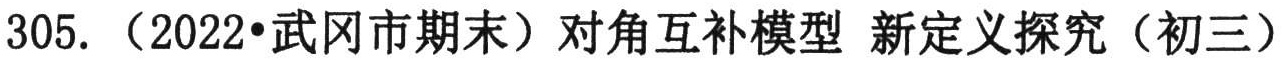
305. （2022•武冈市期末）对角互补模型 新定义探究（初三）